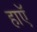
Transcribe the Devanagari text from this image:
हाएॅ